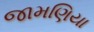
જામણિયા